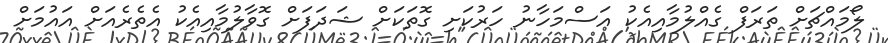
ލޯމައްޗަށް ތަރަފް ގެއްލުމާއިއެކު އަސްމަހާނު ހަރުކަށި ގޮތަކަށް ޝަދަފަށް ގޮވާލުމާއިއެކު އެތެރެއަށް އައުމަށް